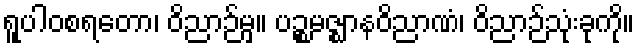
ရူပါဝစရတော၊ ဝိညာဉ်မှ။ ပဉ္စမဇ္ဈာနဝိညာဏံ၊ ဝိညာဉ်သုံးခုကို။